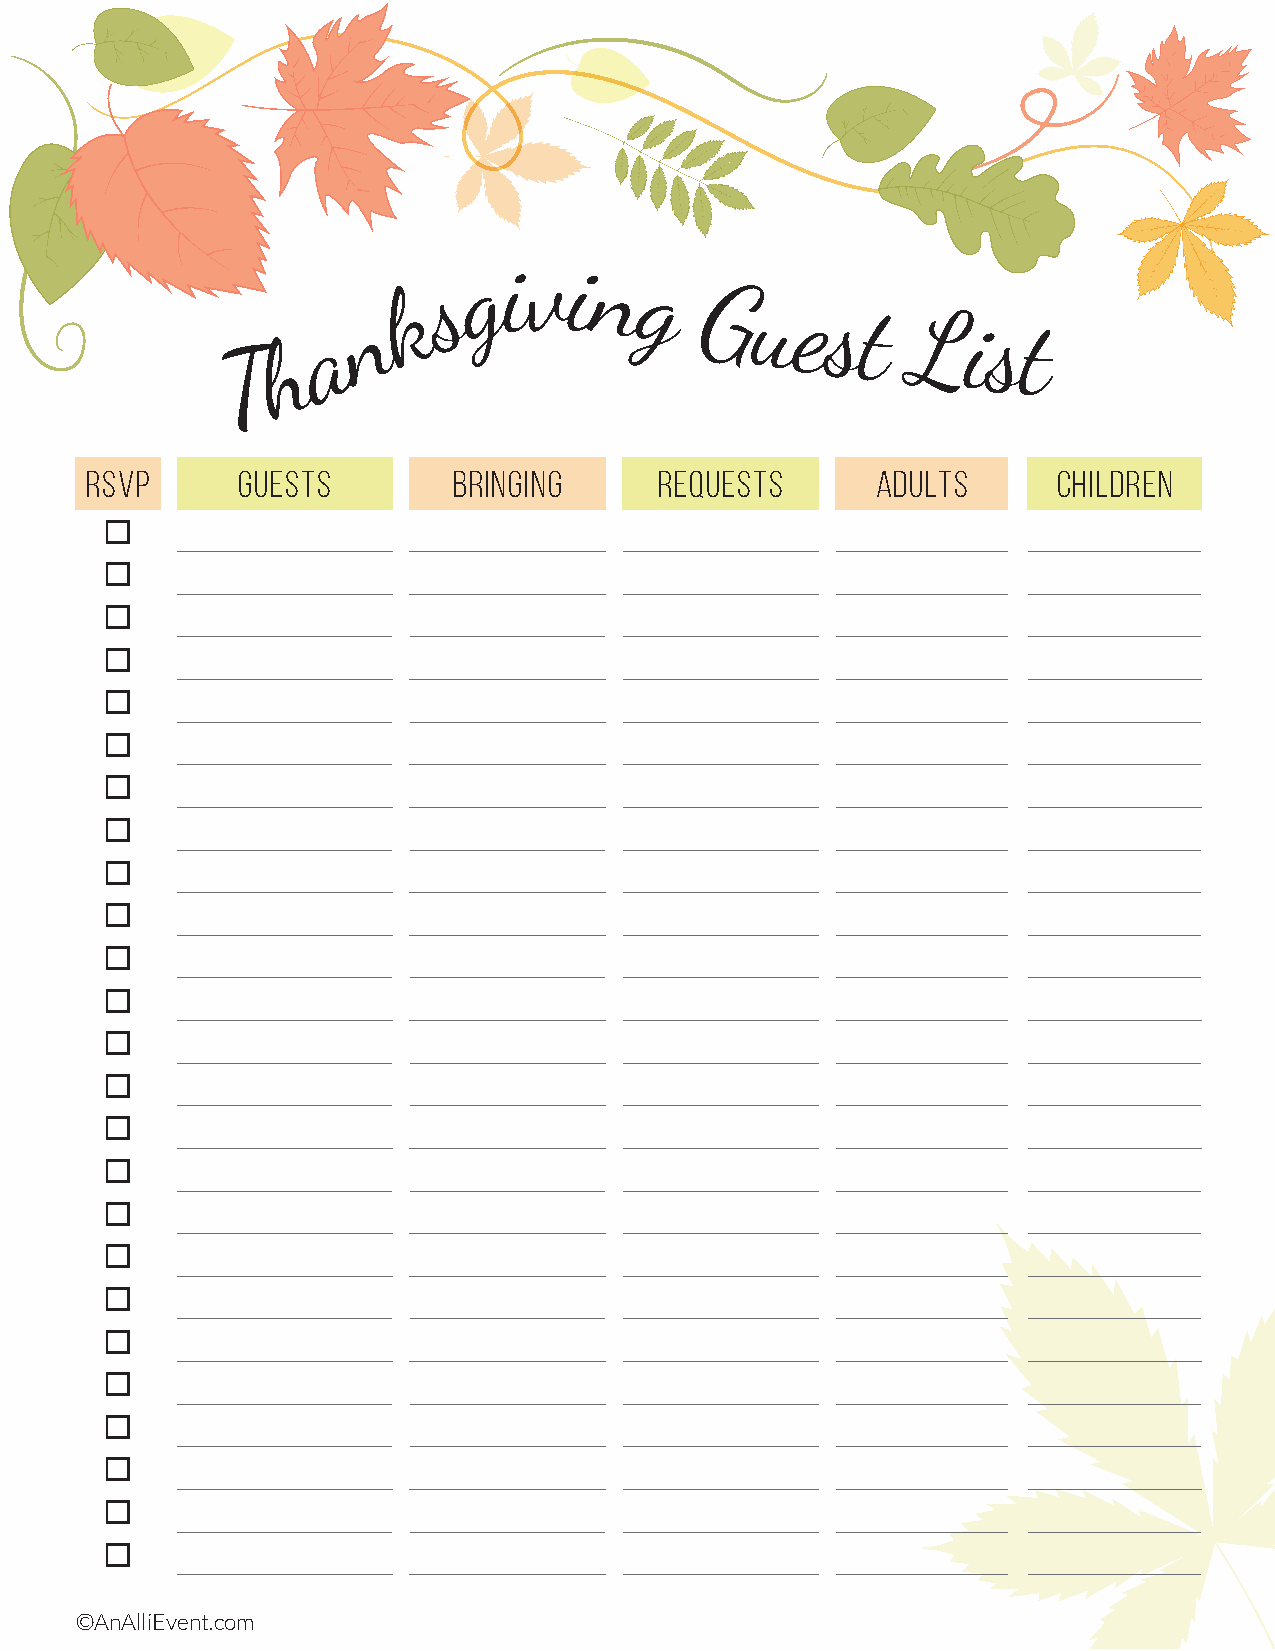
k
 s g i vi n  g
 a
 n
 Guest
 List
 h
 T
 RSVP      GUESTS        BRINGING      REQUESTS      ADULTS      CHILDREN
 
 
 
 
 
 
 
 
 
 
 
 
 
 
 
 
 
 
 
 
 
 
 
 
 
 ©AnAlliEvent.com